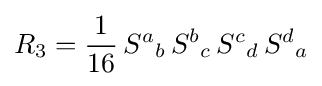
R_{3}={\frac {1}{16}}\,{S^{a}}_{b}\,{S^{b}}_{c}\,{S^{c}}_{d}\,{S^{d}}_{a}